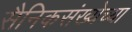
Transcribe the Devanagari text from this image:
सैनिकसंख्येच्या